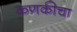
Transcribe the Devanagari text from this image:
कणकीचा